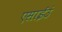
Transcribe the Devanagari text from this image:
एसाईउं